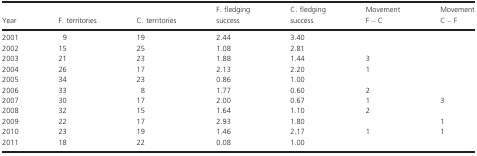
<table><thead><tr><td><b>Year</b></td><td><b>F. territories</b></td><td><b>C. territories</b></td><td><b>F. fledging success</b></td><td><b>C. fledging success</b></td><td><b>Movement F – C</b></td><td><b>Movement C – F</b></td></tr></thead><tbody><tr><td>2001</td><td>9</td><td>19</td><td>2.44</td><td>3.40</td><td></td><td></td></tr><tr><td>2002</td><td>15</td><td>25</td><td>1.08</td><td>2.81</td><td></td><td></td></tr><tr><td>2003</td><td>21</td><td>23</td><td>1.88</td><td>1.44</td><td>3</td><td></td></tr><tr><td>2004</td><td>26</td><td>17</td><td>2.13</td><td>2.20</td><td>1</td><td></td></tr><tr><td>2005</td><td>34</td><td>23</td><td>0.86</td><td>1.00</td><td></td><td></td></tr><tr><td>2006</td><td>33</td><td>8</td><td>1.77</td><td>0.60</td><td>2</td><td></td></tr><tr><td>2007</td><td>30</td><td>17</td><td>2.00</td><td>0.67</td><td>1</td><td>3</td></tr><tr><td>2008</td><td>32</td><td>15</td><td>1.64</td><td>1.10</td><td>2</td><td></td></tr><tr><td>2009</td><td>22</td><td>17</td><td>2.93</td><td>1.80</td><td></td><td>1</td></tr><tr><td>2010</td><td>23</td><td>19</td><td>1.46</td><td>2.17</td><td>1</td><td>1</td></tr><tr><td>2011</td><td>18</td><td>22</td><td>0.08</td><td>1.00</td><td></td><td></td></tr></tbody></table>